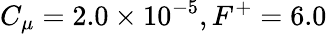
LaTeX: C_{\mu}=2.0\times 10^{-5},F^{+}=6.0